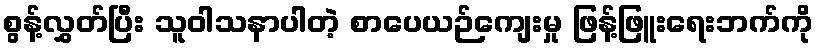
စွန့်လွှတ်ပြီး သူဝါသနာပါတဲ့ စာပေယဉ်ကျေးမှု ဖြန့်ဖြူးရေးဘက်ကို